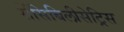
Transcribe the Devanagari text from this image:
सेंसिबिलीसेट्रिस